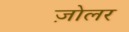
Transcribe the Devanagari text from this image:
ज़ोलर